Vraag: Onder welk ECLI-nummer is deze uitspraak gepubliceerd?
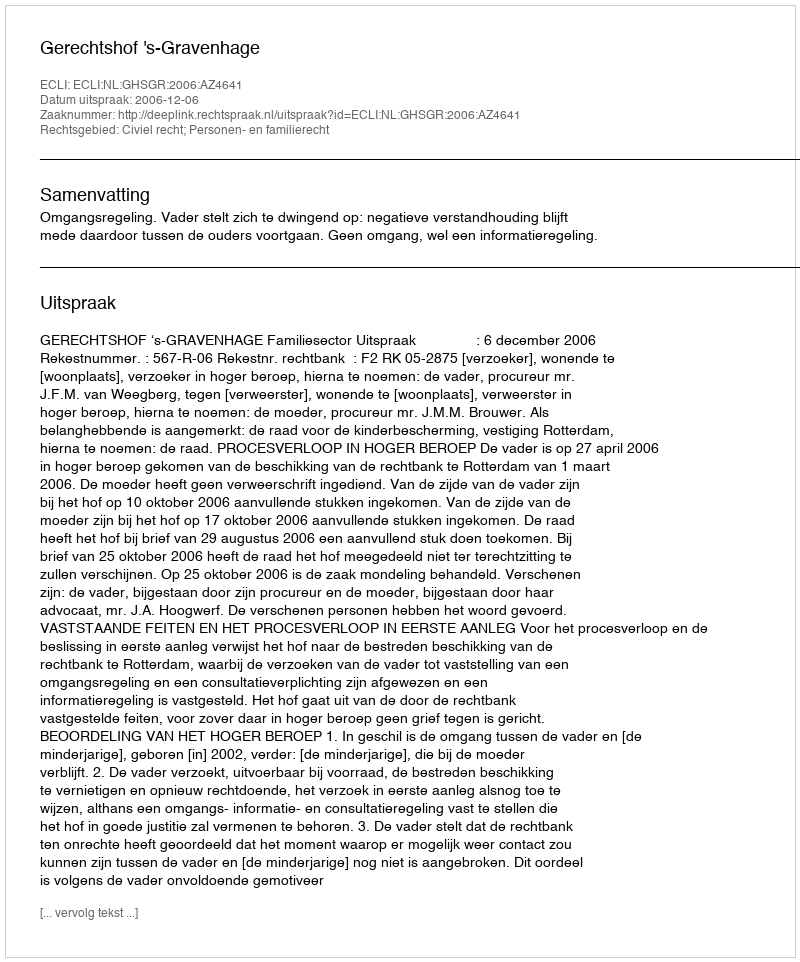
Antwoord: ECLI:NL:GHSGR:2006:AZ4641